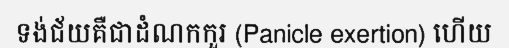
ទង់ជ័យគឺជាដំណកកួរ (Panicle exertion) ហើយ